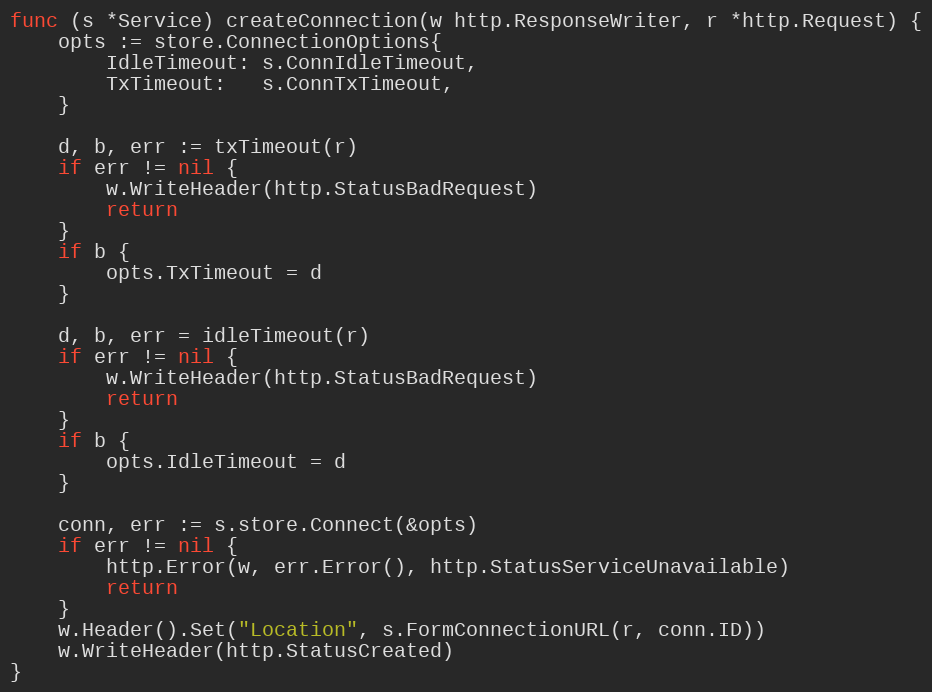
Language: Go
func (s *Service) createConnection(w http.ResponseWriter, r *http.Request) {
	opts := store.ConnectionOptions{
		IdleTimeout: s.ConnIdleTimeout,
		TxTimeout:   s.ConnTxTimeout,
	}

	d, b, err := txTimeout(r)
	if err != nil {
		w.WriteHeader(http.StatusBadRequest)
		return
	}
	if b {
		opts.TxTimeout = d
	}

	d, b, err = idleTimeout(r)
	if err != nil {
		w.WriteHeader(http.StatusBadRequest)
		return
	}
	if b {
		opts.IdleTimeout = d
	}

	conn, err := s.store.Connect(&opts)
	if err != nil {
		http.Error(w, err.Error(), http.StatusServiceUnavailable)
		return
	}
	w.Header().Set("Location", s.FormConnectionURL(r, conn.ID))
	w.WriteHeader(http.StatusCreated)
}